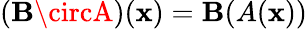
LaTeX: (\mathbf{B}\circA)(\mathbf{{x}})=\mathbf{B}(A(\mathbf{{x}}))